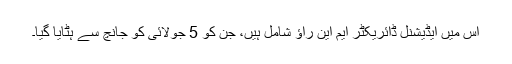
اس میں ایڈیشنل ڈائریکٹر ایم این راؤ شامل ہیں، جن کو 5 جولائی کو جانچ سے ہٹایا گیا۔